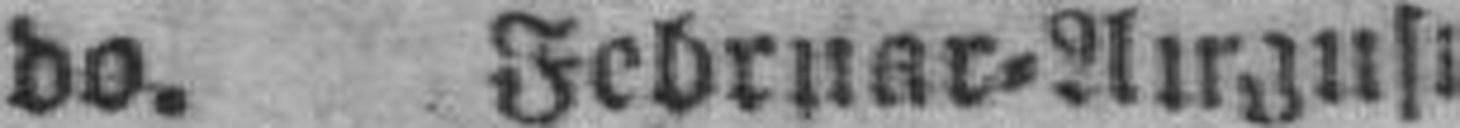
do. Februar=August